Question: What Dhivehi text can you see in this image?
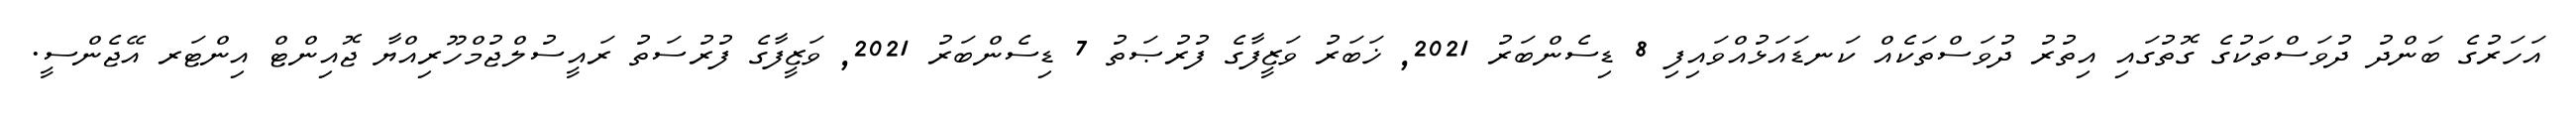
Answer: އަހަރުގެ ބަންދު ދުވަސްތަކުގެ ގޮތުގައި އިތުރު ދުވަސްތަކެއް ކަނޑައަޅުއްވައިފި 8 ޑިސެންބަރު 2021, ޚަބަރު ވަޒީފާގެ ފުރުޞަތު 7 ޑިސެންބަރު 2021, ވަޒީފާގެ ފުރުސަތު ރައީސުލްޖުމްހޫރިއްޔާ ޖޮއިންޓް އިންޓަރ އޭޖެންސީ.